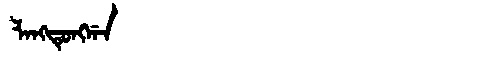
Manchu: ᠯᠠᠩᡨᡠᠩᡤᠠ
Romanization: LANGTUNGGA